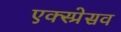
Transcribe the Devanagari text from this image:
एक्स्प्रेसव